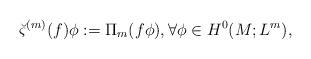
LaTeX: \begin{align*}\breve{\varsigma}^{(m)}(f)\phi:=\Pi_m (f\phi),\forall \phi\in H^0(M;L^m),\end{align*}